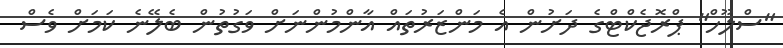
"ސްލޫހް" ޕްރޮޖެކްޓްގެ ދަށުން އެ މަންޒަރުތައް އާންމުންނަށް ވަގުތުން ބެލޭނެ ކަަމަށް ވެސް